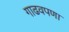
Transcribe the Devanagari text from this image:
गाढवपणा